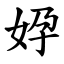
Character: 㚺